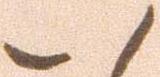
い